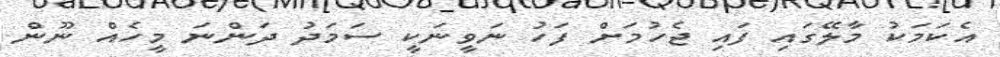
އެކަމަކު މާލޭގައި ފައި ޖެހުމަށް ފަހު ނަވީނަކީ ސަމަދު ދަންނަ މީހެއް ނޫން